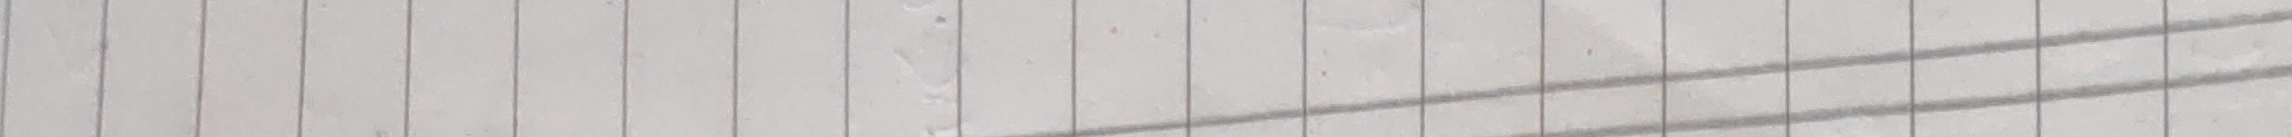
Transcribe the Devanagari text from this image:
समय सँगै
कति समय भयो